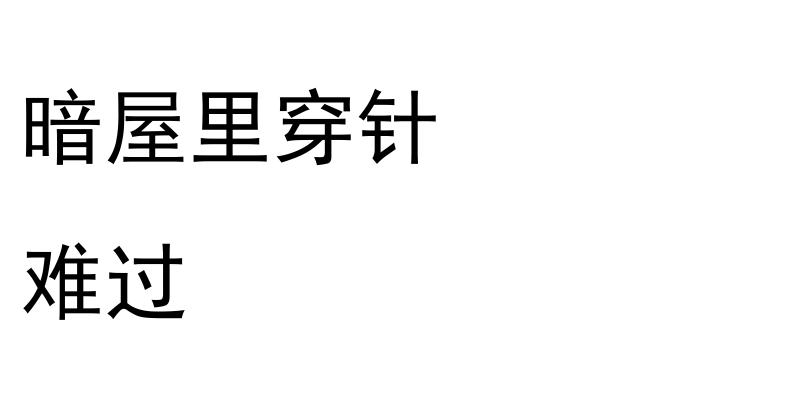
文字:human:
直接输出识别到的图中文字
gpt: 暗屋里穿针 难过